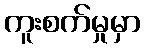
ကူးစက်မှုမှာ